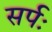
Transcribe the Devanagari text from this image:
सर्पः